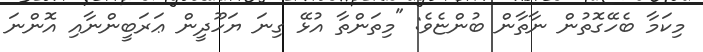
މިކަމާ ބެހޭގޮތުން ނާތާން ބުންޏެވެ: "މިތަންތާ އުޅޭ ގިނަ ޔަހޫދީން ޢަރަބީންނާއި އޮންނަ